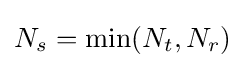
N_{s}=\min(N_{t},N_{r})\!